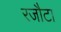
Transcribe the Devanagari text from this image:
रजौटा